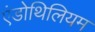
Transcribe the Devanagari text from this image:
एंडोथिलियम